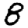
Digit: 8